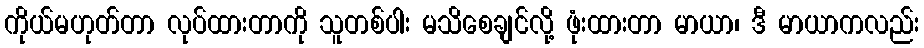
ကိုယ်မဟုတ်တာ လုပ်ထားတာကို သူတစ်ပါး မသိစေချင်လို့ ဖုံးထားတာ မာယာ၊ ဒီ မာယာကလည်း